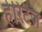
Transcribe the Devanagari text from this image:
हेरिटैज